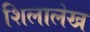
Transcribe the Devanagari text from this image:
शिलालेख